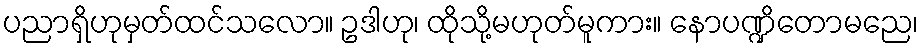
ပညာရှိဟုမှတ်ထင်သလော။ ဥဒါဟု၊ ထိုသို့မဟုတ်မူကား။ နောပဏ္ဍိတောမညေ၊